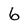
Character: 6